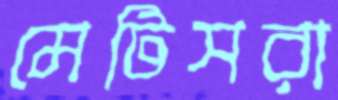
মেটিসরা